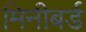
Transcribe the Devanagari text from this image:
मिनीबर्ड